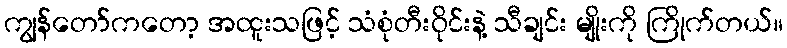
ကျွန်တော်ကတော့ အထူးသဖြင့် သံစုံတီးဝိုင်းနဲ့ သီချင်း မျိုးကို ကြိုက်တယ်။